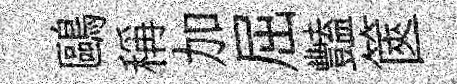
鷗稱加屈豔篋